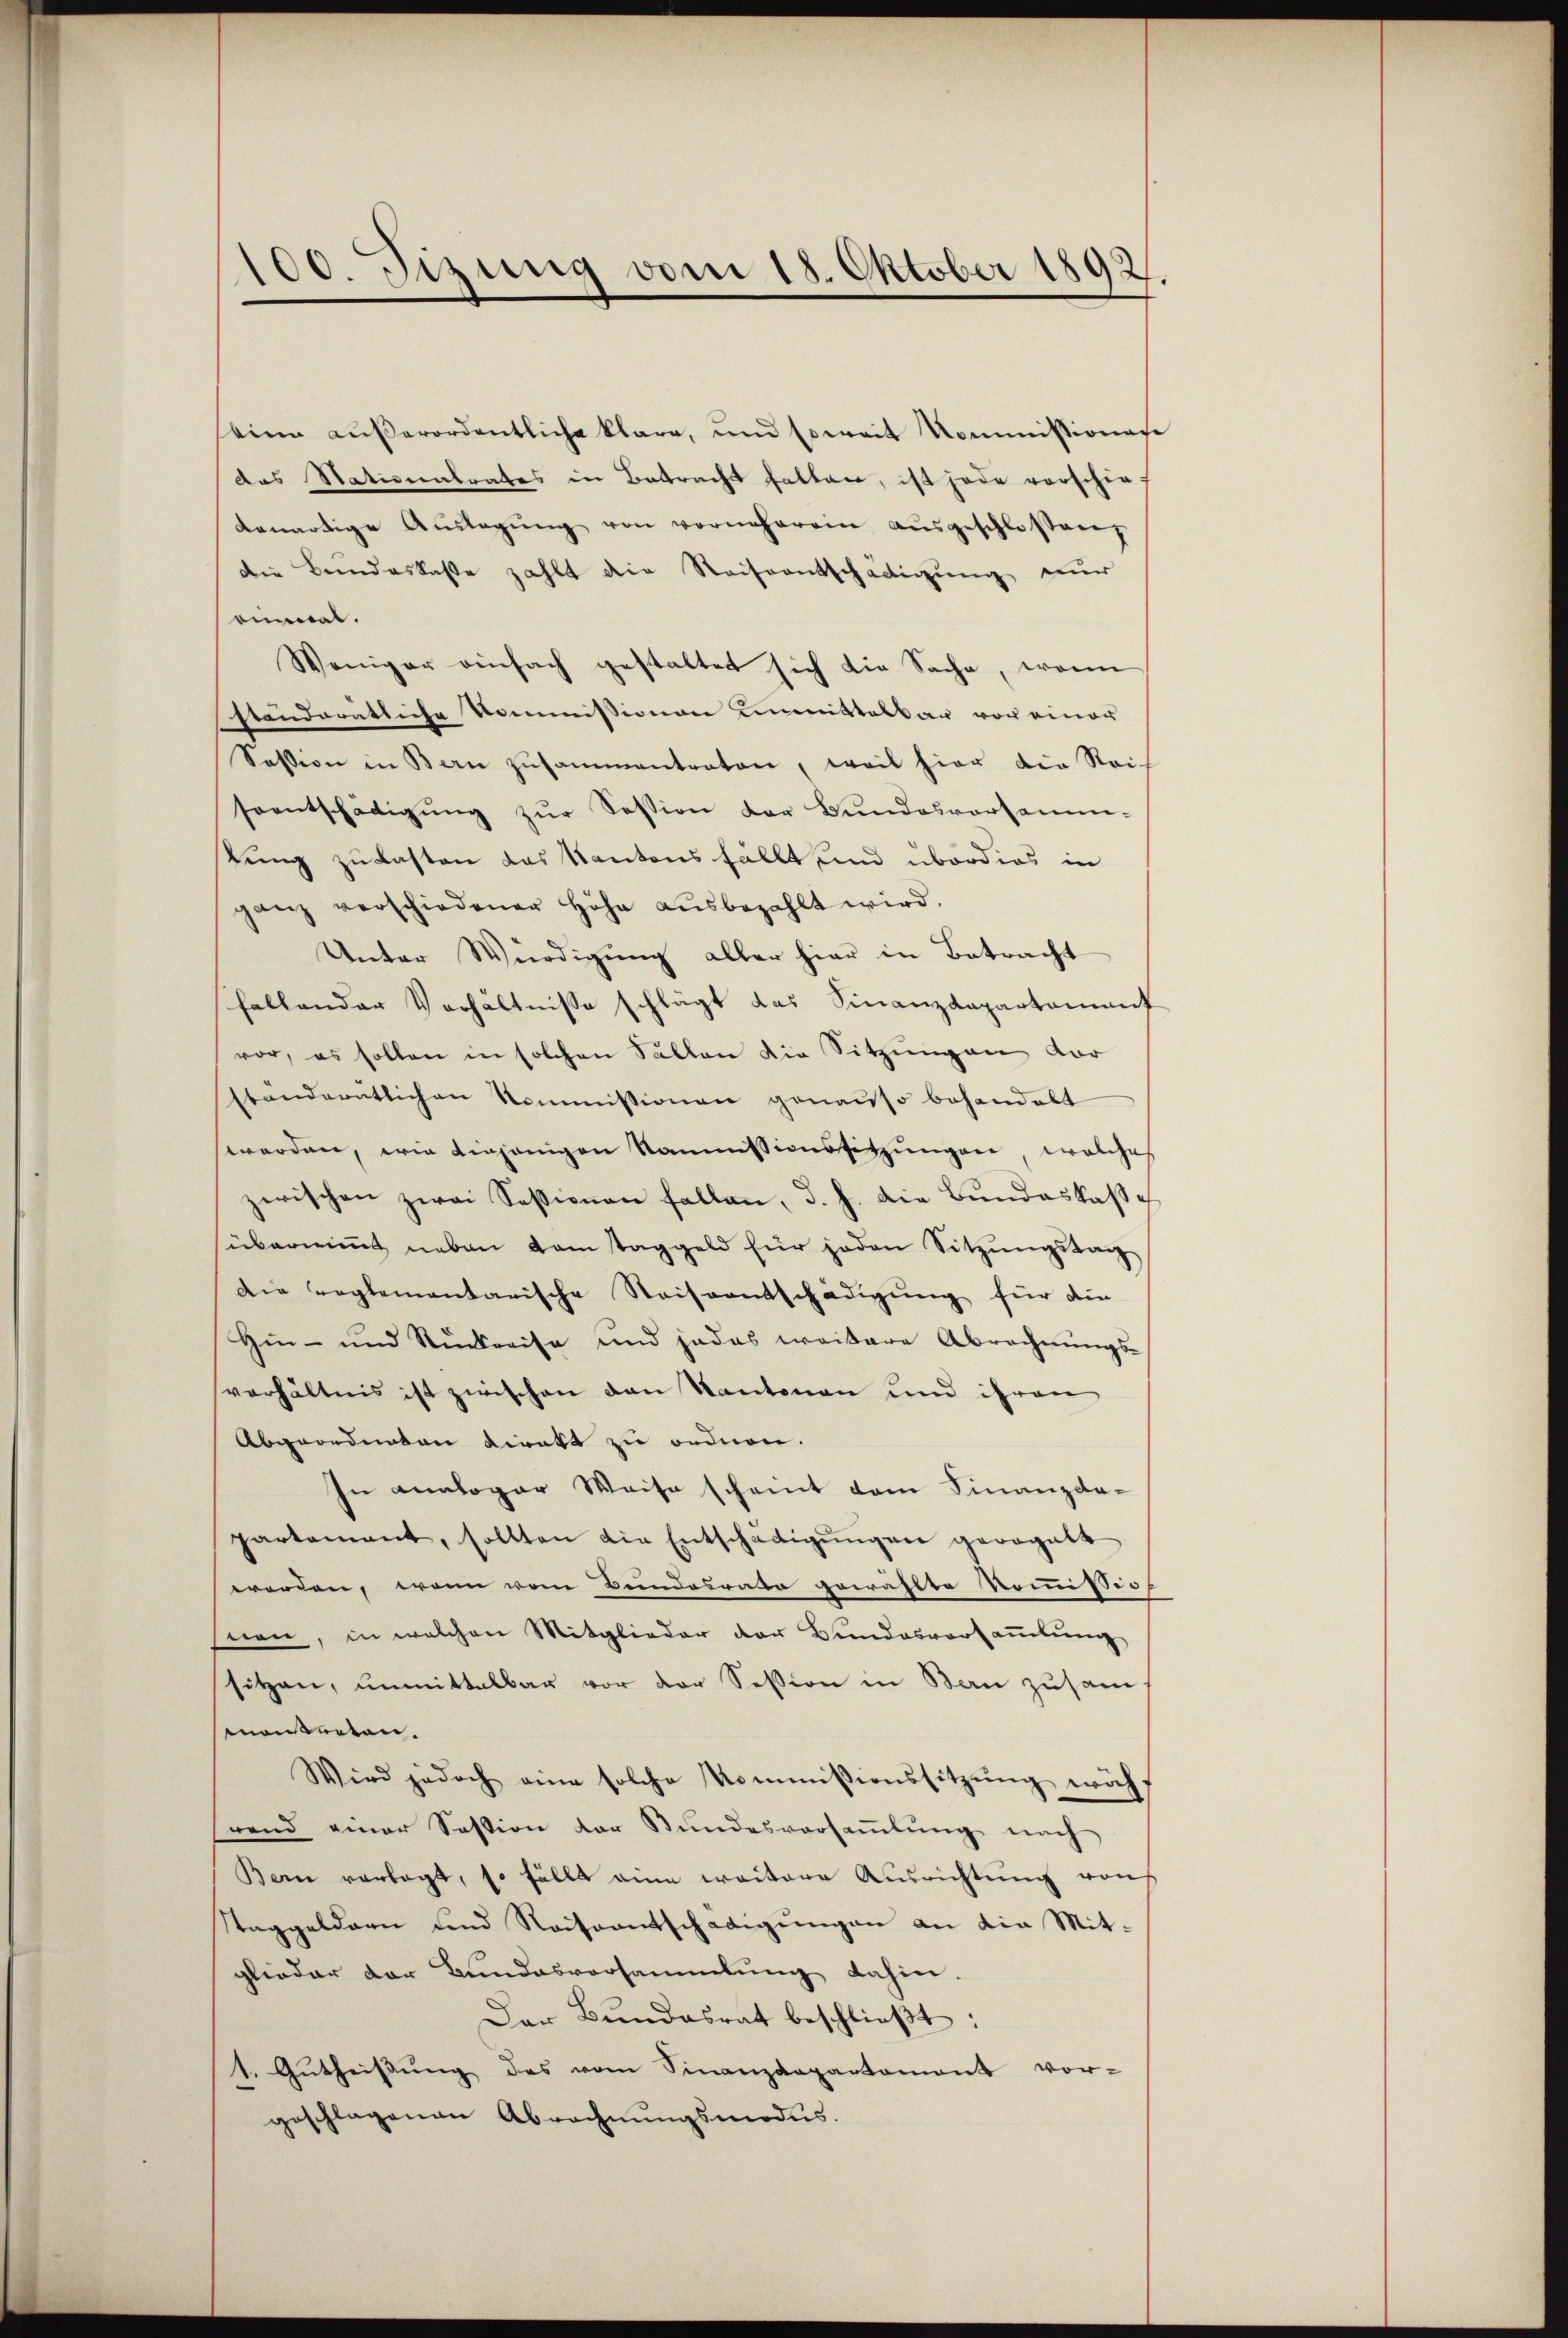
seine aŭβerordentliche klare, und soweit kommissionen
das Nationalrates in Betracht hatten, ist jede vorschief
denartige Aŭslagŭng von vorneherein aŭsgeschlossen
die Bundeskasse zahlt die Reiseentschädigung nur
einmal.
Weniger einfach gestaltet sich die Sache, wenn
standoratliche Kommissionen unmittelbar von einer
Session in Bern zusammentraten, weil hier die Reich
saentschädigŭng zŭr Session der Bundesversamm-
lung zu kasten das Kantons fällt und überdies in
ganz verschiedener Höhe aŭsbezahlt wird.
Unter Würdigung aller hier in Betracht
sfallender Verhältnisse schlägt das Finanzdepartamant
vor, es sollen in solchen Fällen die Sitzungen vor
ständeratlichen Kommissionen genauso behandelt
worden, wie diejenigen Kommissionssitzungen, welches
zerischen zwei Sessionen fallen, d. h. die Bundeskasse
übernimmt neben vom Taggeld für jeden Sitzungstag
Die reglementarische Reiseentschädigung für die
Hin- und Rückreise und jedes weitere Abrechnŭngs-
verhältnis ist zwischen den Kantonen und ihren
Abgeordneten Direkt zu ordnen.
In analoger Weise scheint dem Finanzda-
partement, sollten die Entschädigŭngen gewogett
worden, wenn vom Beindesrate gewählte Kommissio
nen, in welchen Mitglieder der Bundesversaṁlŭng
sitzen, unmittelbar vor der Session in Bern zusam
mantreten.
Wird jedoch eine solche Kommissionssitzung wäh-
rend einer Session der Bundesversammlung nach
Bern vorlegt, so fälls eine weitere Ausrichtung von
taggeldern und Reiseentschädigungen an die Mitglieder der Bundesvorsammlung dahin.
Der Bŭndesrat beschlieβt:
1. Gutheissung des vom Finanzdepartament vor-
geschlagenen Abrechnŭngsmodus.

100. Fizung vom 18. Oktober 1892.